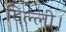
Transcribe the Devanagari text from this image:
दिल्‍ली।